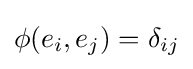
\phi (e_{i},e_{j})=\delta _{ij}